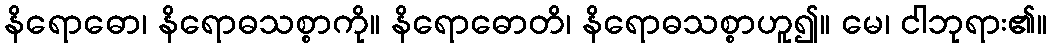
နိရောဓော၊ နိရောဓသစ္စာကို။ နိရောဓောတိ၊ နိရောဓသစ္စာဟူ၍။ မေ၊ ငါဘုရား၏။